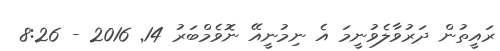
ރައީތުން ދަރުވާލެވުނީމަ އެ ނިމުނީއޭ ނޮވެމްބަރު 14